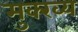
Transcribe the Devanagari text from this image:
मुक्ख्य